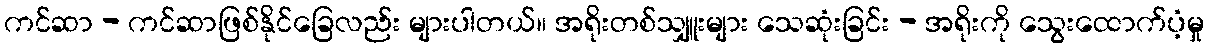
ကင်ဆာ - ကင်ဆာဖြစ်နိုင်ခြေလည်း များပါတယ်။ အရိုးတစ်သျှူးများ သေဆုံးခြင်း - အရိုးကို သွေးထောက်ပံ့မှု